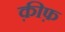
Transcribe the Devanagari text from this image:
क़ीफ़